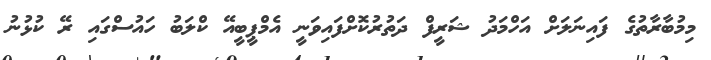
މިމުބާރާތުގެ ފައިނަލަށް އަހްމަދު ޝަރީފް ދަތުރުކޮށްފައިވަނީ އެމްޕީބީއޭ ކްލަބު ހައުސްގައި ރޭ ކުޅުނު